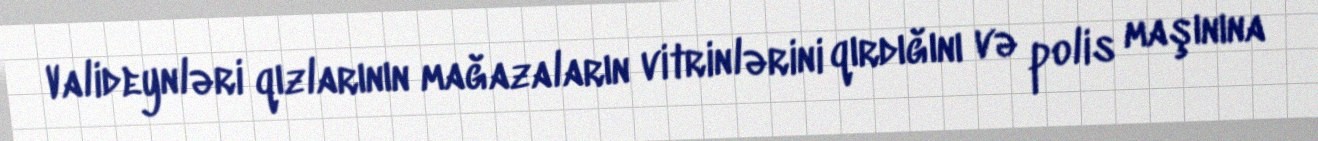
Valideynləri qızlarının mağazaların vitrinlərini qırdığını və polis maşınına